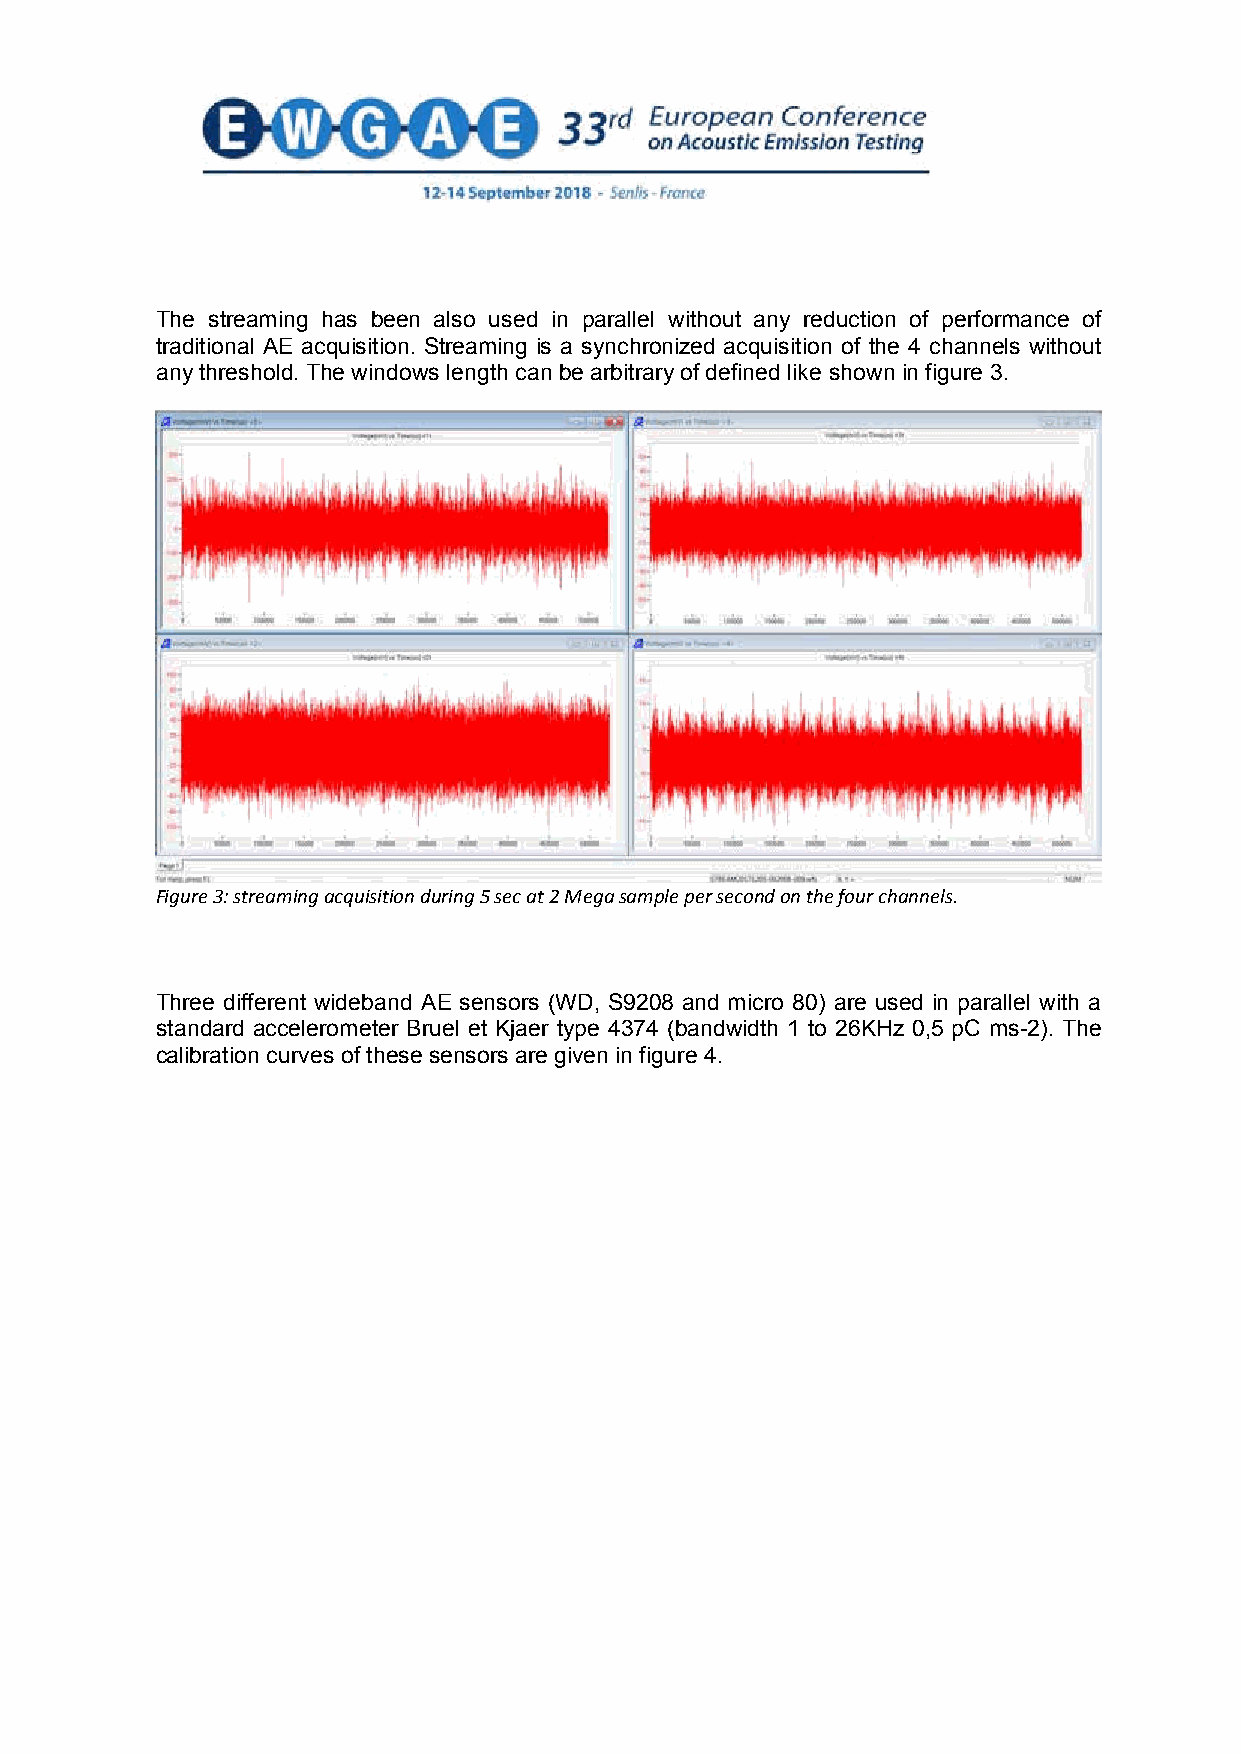
The streaming has been also used in parallel without any reduction of performance of
 traditional AE acquisition. Streaming is a synchronized acquisition of the 4 channels without
 any threshold. The windows length can be arbitrary of defined like shown in figure 3.
 Figure 3: streaming acquisition during 5 sec at 2 Mega sample per second on the four channels.
 Three different wideband AE sensors (WD, S9208 and micro 80) are used in parallel with a
 standard accelerometer Bruel et Kjaer type 4374 (bandwidth 1 to 26KHz 0,5 pC ms-2). The
 calibration curves of these sensors are given in figure 4.
 4